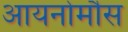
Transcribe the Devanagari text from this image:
आयनोमौस